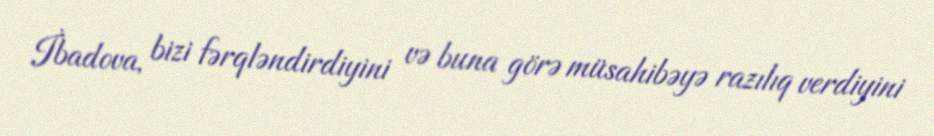
İbadova, bizi fərqləndirdiyini və buna görə müsahibəyə razılıq verdiyini